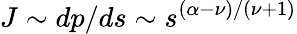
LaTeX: J\sim dp/ds\sim s^{(\alpha-\nu)/(\nu+1)}